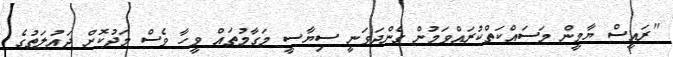
"ރައީސް ޔާމީން މަސައްކަތްކުރައްވަމުން ގެންދަވަނީ ސިޔާސީ މަގާމުތައް ވީހާ ވެސް މަދުކޮށް ދައުލަތުގެ